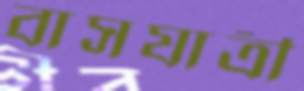
বাসযাত্রী